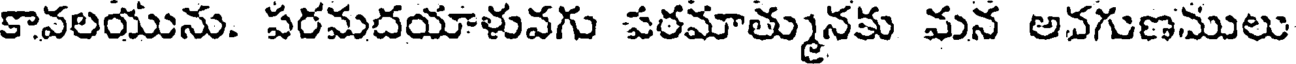
కావలయును. పరమదయాళువగు పరమాత్మునకు మన అవగుణములు